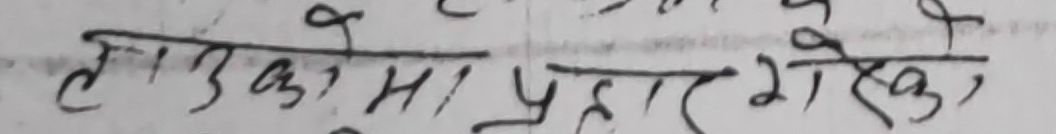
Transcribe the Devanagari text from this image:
लाउडकोमा प्रहार गरेको,